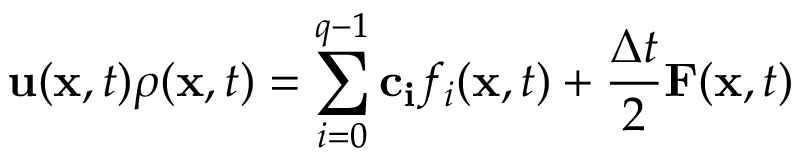
\mathbf { u } ( \mathbf { x } , t ) \rho ( \mathbf { x } , t ) = \sum _ { i = 0 } ^ { q - 1 } \mathbf { c _ { i } } f _ { i } ( \mathbf { x } , t ) + \frac { \Delta t } { 2 } \mathbf { F } ( \mathbf { x } , t )